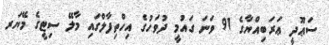
ސަޢޫދީ ޢަރަބިއްޔާގެ 91 ވަނަ ގައުމީ ދުވަހުގެ އިހްތިފާލްގައި މާލޭ ސިޓީގެ މޭޔަރ